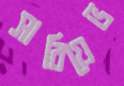
সারিয়েভ